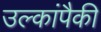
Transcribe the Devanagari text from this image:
उल्कांपैकी